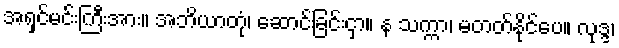
အရှင်မင်းကြီးအား။ အဘိယာတုံ၊ ဆောင်ခြင်းငှာ။ န သက္ကာ၊ မတတ်နိုင်ပေ။ လုဒ္ဒ၊